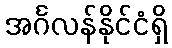
အင်္ဂလန်နိုင်ငံရှိ